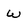
Character: W